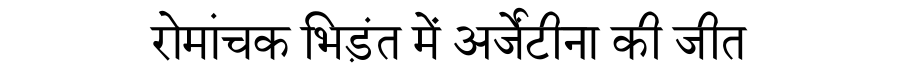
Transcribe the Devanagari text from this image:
रोमांचक भिड़ंत में अर्जेंटीना की जीत